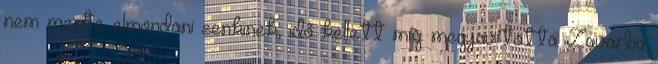
nem merte elmondani senkinek, idő kellett míg megjavította. Zavarba